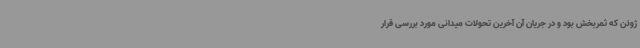
ژوئن که ثمربخش بود و در جریان آن آخرین تحولات میدانی مورد بررسی قرار